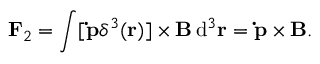
\mathbf F _ { 2 } = \int [ \mathbf { \dot { p } } \delta ^ { 3 } ( \mathbf r ) ] \times \mathbf B \, \mathrm { d } ^ { 3 } \mathbf r = \mathbf { \dot { p } } \times \mathbf B .